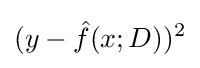
(y-{\hat {f}}(x;D))^{2}